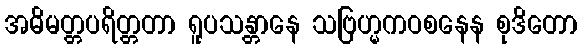
အဓိမတ္တပရိတ္တတာ ရူပသန္တာနေ သဗြဟ္မကဝစနေန စုဒိတော